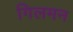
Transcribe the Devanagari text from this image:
गिलमन